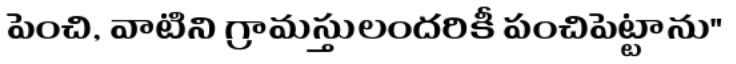
పెంచి, వాటిని గ్రామస్తులందరికీ పంచిపెట్టాను"